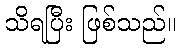
သိရပြီး ဖြစ်သည်။